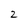
Character: 2